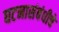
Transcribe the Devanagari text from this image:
घटनासंबंधीचे